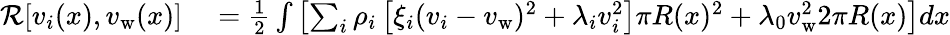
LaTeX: \begin{array}{rl}{\mathcal{R}[v_{i}(x),v_{\mathrm{w}}(x)]}&{{}=\frac{1}{2}\int\left[\sum_{i}\rho_{i}\left[\xi_{i}(v_{i}-v_{\mathrm{w}})^{2}+\lambda_{i}v_{i}^{2}\right]\pi R(x)^{2}+\lambda_{0}v_{\mathrm{w}}^{2}2\pi R(x)\right]dx}\end{array}